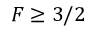
F \geq 3 / 2